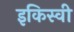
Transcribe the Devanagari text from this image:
इकिस्वी